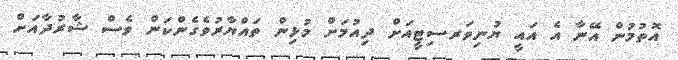
އޮތުމުން އޭނާ އެ އައީ ޔުނިވަރސިޓީއަށް ދިއުމަށް މުޅިން ތައްޔާރުވެގެންކަން ވެސް ޝާރުދާއަށް